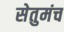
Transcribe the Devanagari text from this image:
सेतुमंच